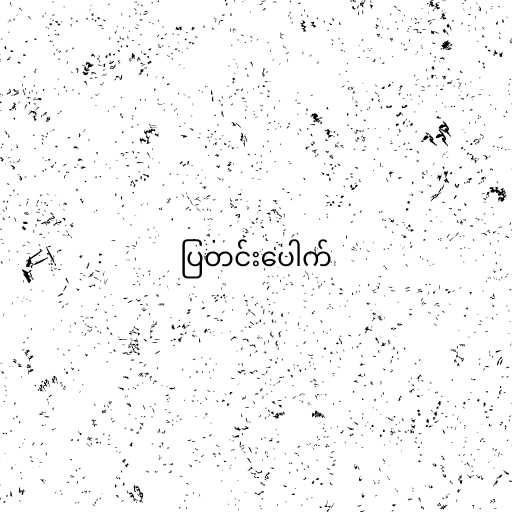
ပြတင်းပေါက်